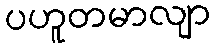
ပဟူတမာလျာ